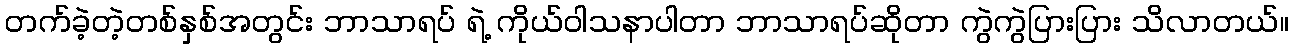
တက်ခဲ့တဲ့တစ်နှစ်အတွင်း ဘာသာရပ် ရဲ့ ကိုယ်ဝါသနာပါတာ ဘာသာရပ်ဆိုတာ ကွဲကွဲပြားပြား သိလာတယ်။